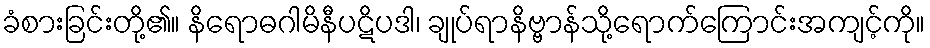
ခံစားခြင်းတို့၏။ နိရောဓဂါမိနီပဋိပဒါ၊ ချုပ်ရာနိဗ္ဗာန်သို့ရောက်ကြောင်းအကျင့်ကို။